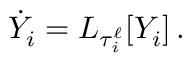
\dot { Y } _ { i } = { L } _ { \tau _ { i } ^ { \ell } } [ Y _ { i } ] \, .